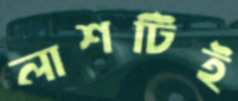
লাশটিই